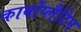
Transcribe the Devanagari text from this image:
कार्बोप्लैटिन